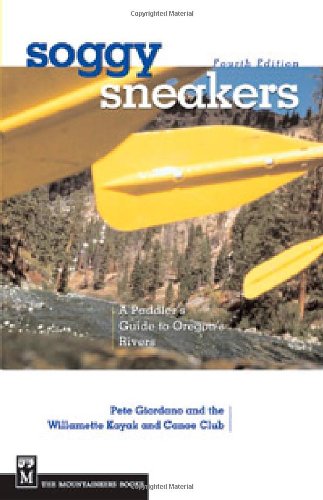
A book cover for Soggy Sneakers: A Paddler's Guide to Oregon Rivers; Willamette Kayak and Canoe Club; Travel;